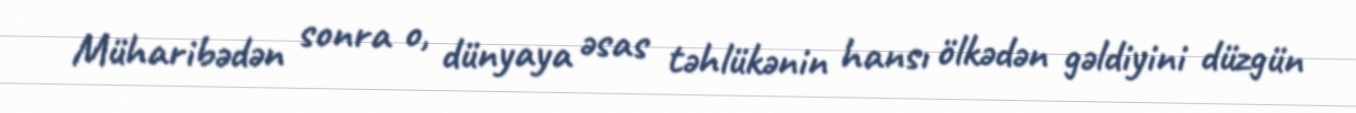
Müharibədən sonra o, dünyaya əsas təhlükənin hansı ölkədən gəldiyini düzgün